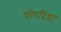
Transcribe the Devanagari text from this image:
चोरदिंडा